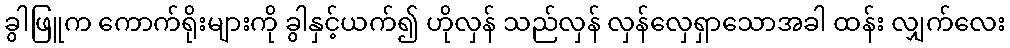
ခွါဖြူက ကောက်ရိုးများကို ခွါနှင့်ယက်၍ ဟိုလှန် သည်လှန် လှန်လှေရှာသောအခါ ထန်း လျှက်လေး